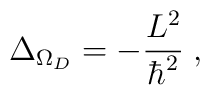
\Delta_{\Omega_{{D}}} = -\frac{L^{2}}{\hbar^{2}}\; ,